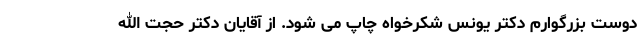
دوست بزرگوارم دکتر یونس شکرخواه چاپ می شود. از آقایان دکتر حجت الله